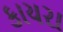
કાયરા